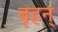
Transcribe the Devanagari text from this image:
बृहन्